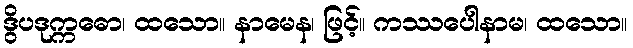
ဒွိပဒုက္ကဓော၊ ထသော။ နာမေန၊ ဖြင့်။ ကဿပေါနာမ၊ ထသော။